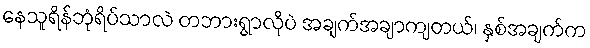
နေသူရိန်ဘုံရိပ်သာလဲ တဘားရွာလိုပဲ အချက်အချာကျတယ်၊ နှစ်အချက်က